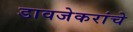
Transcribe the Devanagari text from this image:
डावजेकरांचे